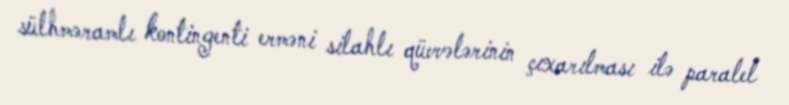
sülhməramlı kontingenti erməni silahlı qüvvələrinin çıxarılması ilə paralel